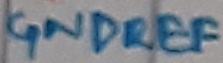
Text: GNDREF